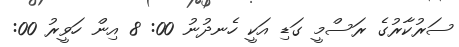
ސަރުކާރުގެ ރަސްމީ ގަޑި އަކީ ހެނދުނު 00: 8 އިން ހަވީރު 00: